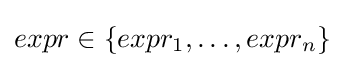
expr\in \{expr_{1},\dots ,expr_{n}\}